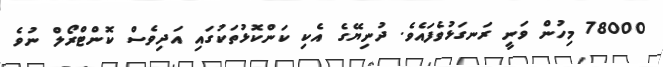
78000 މިހުން ވަނީ ރަނގަޅުވެފައެވެ. ދުނިޔޭގެ އެކި ކަންކޮޅުތަކުގައި އަދިވެސް ކޮންޓްރޯލް ނުވެ